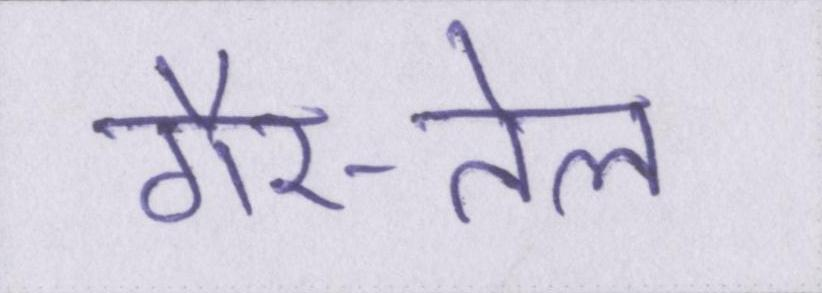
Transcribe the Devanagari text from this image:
गैर-तेल